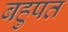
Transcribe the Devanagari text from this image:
बहुपत